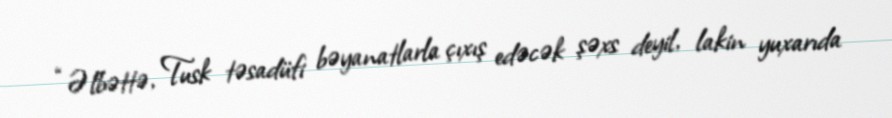
“Əlbəttə, Tusk təsadüfi bəyanatlarla çıxış edəcək şəxs deyil, lakin yuxarıda